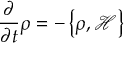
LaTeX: { \frac { \partial } { \partial t } } \rho = - \left\{ \rho , { \mathcal { H } } \right\}